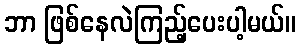
ဘာ ဖြစ်နေလဲကြည့်ပေးပါ့မယ်။